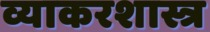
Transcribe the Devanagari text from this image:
व्याकरशास्त्र